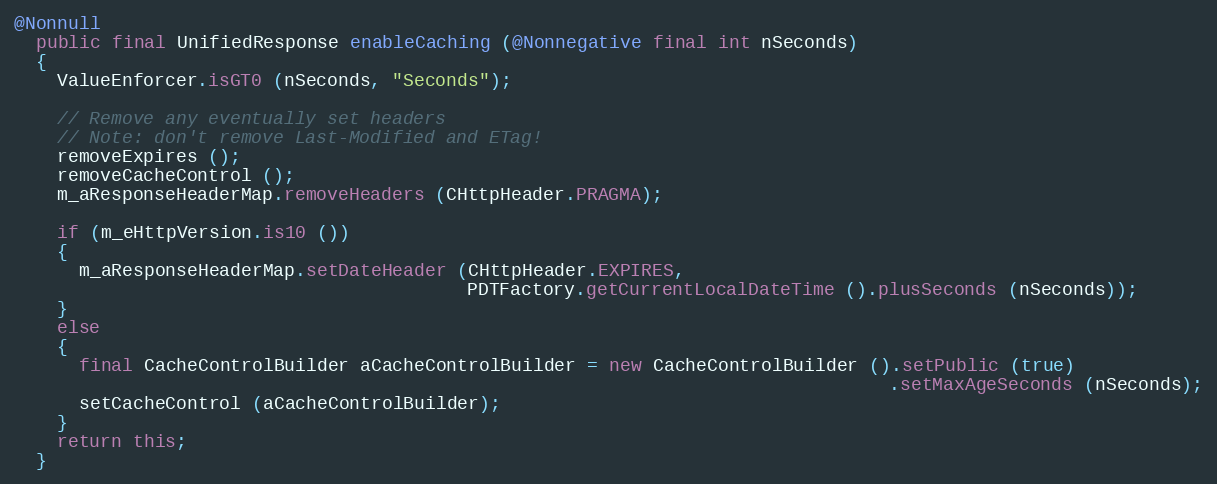
Language: Java
@Nonnull
  public final UnifiedResponse enableCaching (@Nonnegative final int nSeconds)
  {
    ValueEnforcer.isGT0 (nSeconds, "Seconds");

    // Remove any eventually set headers
    // Note: don't remove Last-Modified and ETag!
    removeExpires ();
    removeCacheControl ();
    m_aResponseHeaderMap.removeHeaders (CHttpHeader.PRAGMA);

    if (m_eHttpVersion.is10 ())
    {
      m_aResponseHeaderMap.setDateHeader (CHttpHeader.EXPIRES,
                                          PDTFactory.getCurrentLocalDateTime ().plusSeconds (nSeconds));
    }
    else
    {
      final CacheControlBuilder aCacheControlBuilder = new CacheControlBuilder ().setPublic (true)
                                                                                 .setMaxAgeSeconds (nSeconds);
      setCacheControl (aCacheControlBuilder);
    }
    return this;
  }